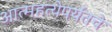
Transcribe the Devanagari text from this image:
आत्महत्येपर्यंतचे